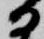
日